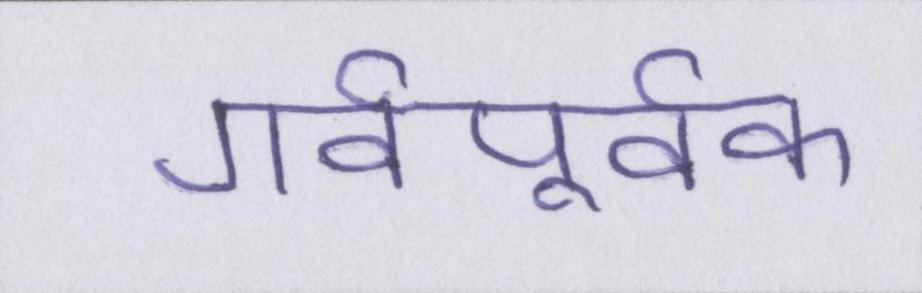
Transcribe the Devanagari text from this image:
गर्वपूर्वक